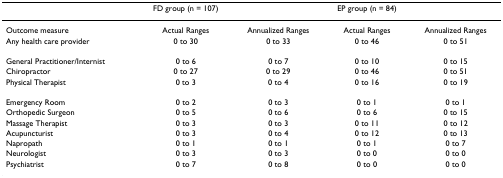
<table><thead><tr><td></td><td><b>FD group (n = 107)</b></td><td></td><td><b>EP group (n = 84)</b></td><td></td></tr></thead><tbody><tr><td>Outcome measure</td><td>Actual Ranges</td><td>Annualized Ranges</td><td>Actual Ranges</td><td>Annualized Ranges</td></tr><tr><td>Any health care provider</td><td>0 to 30</td><td>0 to 33</td><td>0 to 46</td><td>0 to 51</td></tr><tr><td>General Practitioner/Internist</td><td>0 to 6</td><td>0 to 7</td><td>0 to 10</td><td>0 to 15</td></tr><tr><td>Chiropractor</td><td>0 to 27</td><td>0 to 29</td><td>0 to 46</td><td>0 to 51</td></tr><tr><td>Physical Therapist</td><td>0 to 3</td><td>0 to 4</td><td>0 to 16</td><td>0 to 19</td></tr><tr><td>Emergency Room</td><td>0 to 2</td><td>0 to 3</td><td>0 to 1</td><td>0 to 1</td></tr><tr><td>Orthopedic Surgeon</td><td>0 to 5</td><td>0 to 6</td><td>0 to 6</td><td>0 to 15</td></tr><tr><td>Massage Therapist</td><td>0 to 3</td><td>0 to 3</td><td>0 to 11</td><td>0 to 12</td></tr><tr><td>Acupuncturist</td><td>0 to 3</td><td>0 to 4</td><td>0 to 12</td><td>0 to 13</td></tr><tr><td>Napropath</td><td>0 to 1</td><td>0 to 1</td><td>0 to 1</td><td>0 to 7</td></tr><tr><td>Neurologist</td><td>0 to 3</td><td>0 to 3</td><td>0 to 0</td><td>0 to 0</td></tr><tr><td>Psychiatrist</td><td>0 to 7</td><td>0 to 8</td><td>0 to 0</td><td>0 to 0</td></tr></tbody></table>